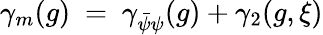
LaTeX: \gamma_{m}(g)~=~\gamma_{\bar{\psi}\psi}(g)+\gamma_{2}(g,\xi)